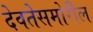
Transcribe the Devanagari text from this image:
देवतेसमोरील